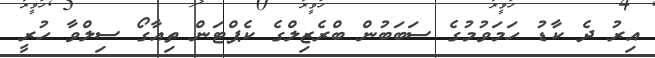
އިރު ދެ ކާޑު ހަމަވުމުގެ ސަބަބުން ބްރެޒިލްގެ ކެޕްޓަން ތިއާގޯ ސިލްވާ ހުރީ